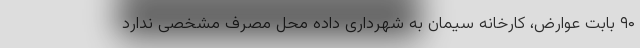
۹۰ بابت عوارض، کارخانه سیمان به شهرداری داده محل مصرف مشخصی ندارد